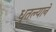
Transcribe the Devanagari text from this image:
धुतल्याने